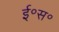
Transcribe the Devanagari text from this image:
ई॰स॰